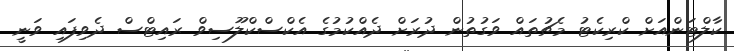
ކާލްޓަންއަށް ކްރިކެޓު މެޗުތައް ވަގުތުން ދުރަށް ދެއްކުމުގެ އެކްސްކްލޫސިވް ރައިޓްސް ދެވިފައި ވަނީ